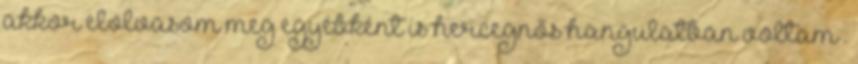
akkor elolvasom meg egyébként is hercegnős hangulatban voltam .